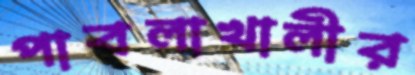
পাবলাখালীর